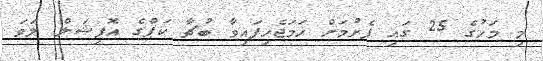
މި މަހުގެ 25 ގައި ފެށުމަށް ހަމަޖެހިފައިވާ ބުޗާ ކަޕްގެ އޮފިޝަލް ލަވަ